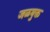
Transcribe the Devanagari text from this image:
जळयुक्त